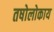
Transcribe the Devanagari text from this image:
तषोलोकाय